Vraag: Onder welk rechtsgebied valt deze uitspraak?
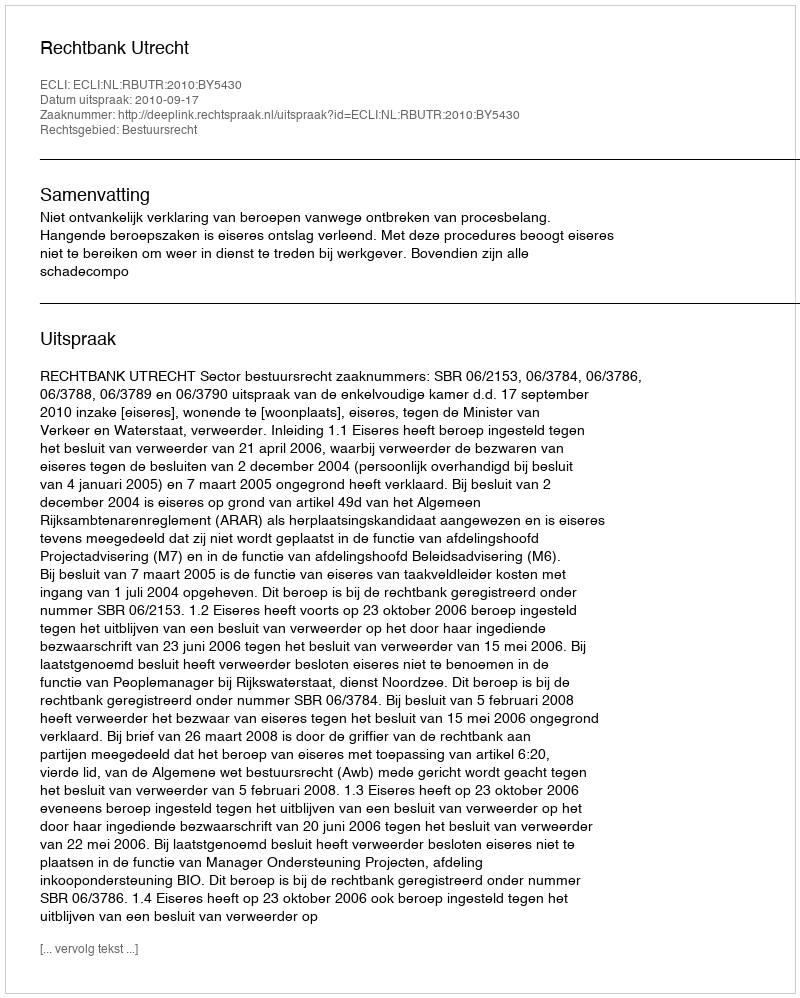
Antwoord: Bestuursrecht